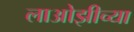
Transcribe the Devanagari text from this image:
लाओझीच्या